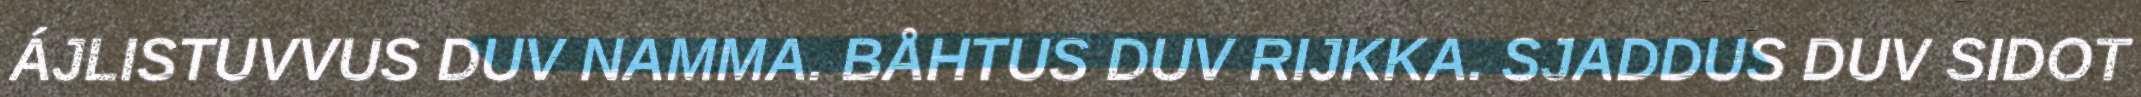
ÁJLISTUVVUS DUV NAMMA. BÅHTUS DUV RIJKKA. SJADDUS DUV SIDOT